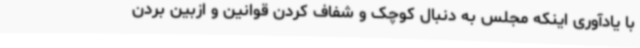
با یادآوری اینکه مجلس به دنبال کوچک و شفاف کردن قوانین و ازبین بردن